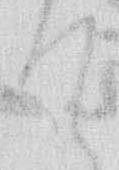
て